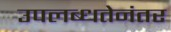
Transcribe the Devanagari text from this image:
उपलब्धतेनंतर